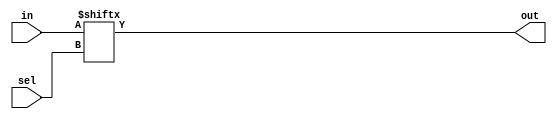
module mux_2_1(in,sel,out);
input[1:0] in; input sel;	//in=2'b01
output out;

assign out=in[sel];		//1st bit is the most significant	
endmodule